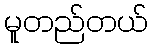
မူတည်တယ်